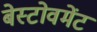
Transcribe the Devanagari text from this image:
बेस्टोवमेंट